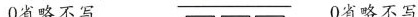
0省略不写 0省略不写